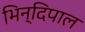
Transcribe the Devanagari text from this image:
भिन्दिपाल